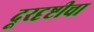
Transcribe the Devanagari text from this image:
दूरदृष्टीचा